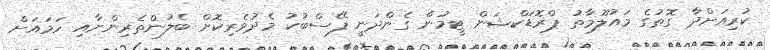
ކުރިއަށްދާ ގޮތުގެ މައުލޫމާތު ޕްރޮޑަކްޝަން ޓީމުން ގެންދަނީ ފޭސްބުކު މެދުވެރިކޮށް ބެލުންތެރިންނާއި ހަމައަށް